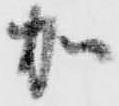
加